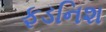
ફડનિશ